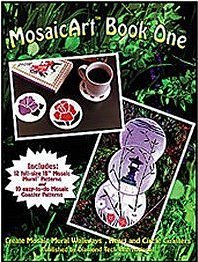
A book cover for MOSAIC ART: BOOK ONE Mosaic Pattern Book; Diamond Tech International; Arts & Photography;